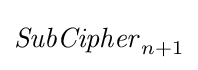
{\mathit {SubCipher}}_{n+1}